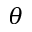
\theta